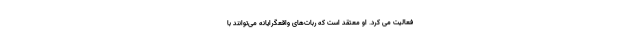
فعالیت می کرد. او معتقد است که ربات‌های واقعگرایانه می‌توانند با